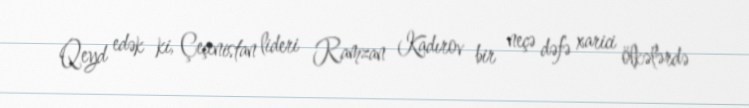
Qeyd edək ki, Çeçenistan lideri Ramzan Kadırov bir neçə dəfə xarici ölkələrdə